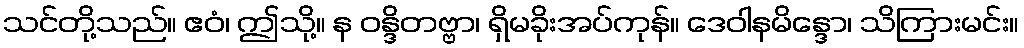
သင်တို့သည်။ ဧဝံ၊ ဤသို့။ န ဝန္ဒိတဗ္ဗာ၊ ရှိမခိုးအပ်ကုန်။ ဒေဝါနမိန္ဒော၊ သိကြားမင်း။